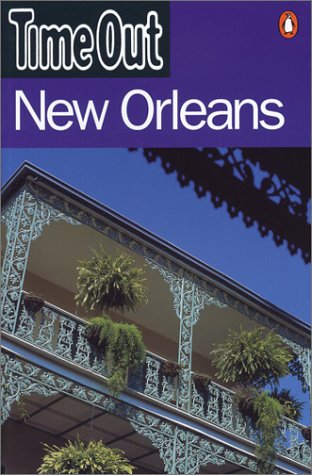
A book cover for Time Out New Orleans; Time Out; Travel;